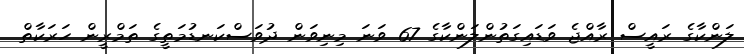
ލަންކާގެ ރައީސް ރާއްޖެ ވަޑައިގަތުންލަންކާގެ 67 ވަނަ މިނިވަން ދުވަސްކަނޑުމަތީގެ ތަމްރީން ހަރަކާތް